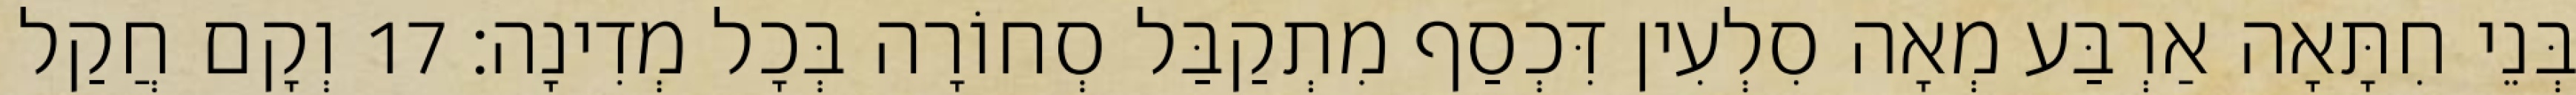
בְּנֵי חִתָּאָה אַרְבַּע מְאָה סִלְעִין דִּכְסַף מִתְקַבַּל סְחוֹרָה בְּכָל מְדִינָה׃ 17 וְקָם חֲקַל